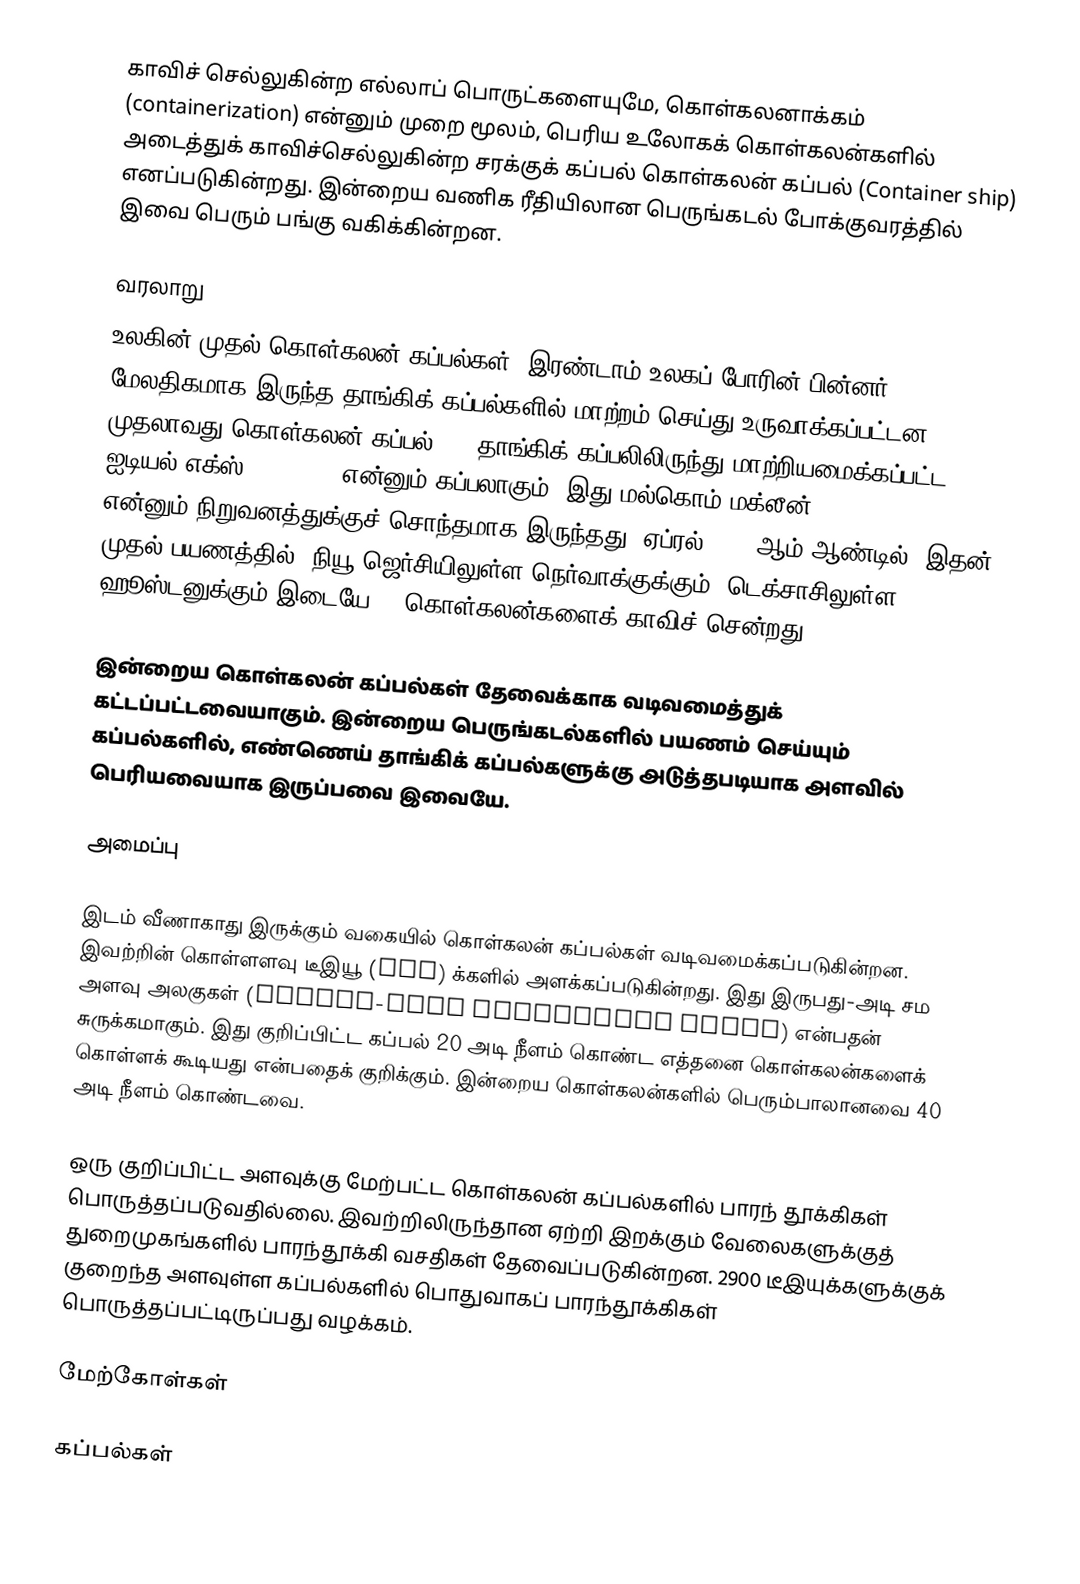
காவிச் செல்லுகின்ற எல்லாப் பொருட்களையுமே, கொள்கலனாக்கம் (containerization) என்னும் முறை மூலம், பெரிய உலோகக் கொள்கலன்களில் அடைத்துக் காவிச்செல்லுகின்ற சரக்குக் கப்பல் கொள்கலன் கப்பல் (Container ship) எனப்படுகின்றது. இன்றைய வணிக ரீதியிலான பெருங்கடல் போக்குவரத்தில் இவை பெரும் பங்கு வகிக்கின்றன.

வரலாறு
உலகின் முதல் கொள்கலன் கப்பல்கள், இரண்டாம் உலகப் போரின் பின்னர் மேலதிகமாக இருந்த தாங்கிக் கப்பல்களில் மாற்றம் செய்து உருவாக்கப்பட்டன. முதலாவது கொள்கலன் கப்பல் T-2 தாங்கிக் கப்பலிலிருந்து மாற்றியமைக்கப்பட்ட ஐடியல்-எக்ஸ் (Ideal-X) என்னும் கப்பலாகும். இது மல்கொம் மக்லீன் (Malcom McLean) என்னும் நிறுவனத்துக்குச் சொந்தமாக இருந்தது. ஏப்ரல் 1956 ஆம் ஆண்டில், இதன் முதல் பயணத்தில், நியூ ஜெர்சியிலுள்ள நெர்வாக்குக்கும், டெக்சாசிலுள்ள ஹூஸ்டனுக்கும் இடையே 58 கொள்கலன்களைக் காவிச் சென்றது.

இன்றைய கொள்கலன் கப்பல்கள் தேவைக்காக வடிவமைத்துக் கட்டப்பட்டவையாகும். இன்றைய பெருங்கடல்களில் பயணம் செய்யும் கப்பல்களில், எண்ணெய் தாங்கிக் கப்பல்களுக்கு அடுத்தபடியாக அளவில் பெரியவையாக இருப்பவை இவையே.

அமைப்பு

இடம் வீணாகாது இருக்கும் வகையில் கொள்கலன் கப்பல்கள் வடிவமைக்கப்படுகின்றன. இவற்றின் கொள்ளளவு டீஇயூ (TEU) க்களில் அளக்கப்படுகின்றது. இது இருபது-அடி சம அளவு அலகுகள் (Twenty-foot equivalent units) என்பதன் சுருக்கமாகும். இது குறிப்பிட்ட கப்பல் 20 அடி நீளம் கொண்ட எத்தனை கொள்கலன்களைக் கொள்ளக் கூடியது என்பதைக் குறிக்கும். இன்றைய கொள்கலன்களில் பெரும்பாலானவை 40 அடி நீளம் கொண்டவை.

ஒரு குறிப்பிட்ட அளவுக்கு மேற்பட்ட கொள்கலன் கப்பல்களில் பாரந் தூக்கிகள் பொருத்தப்படுவதில்லை. இவற்றிலிருந்தான ஏற்றி இறக்கும் வேலைகளுக்குத் துறைமுகங்களில் பாரந்தூக்கி வசதிகள் தேவைப்படுகின்றன. 2900 டீஇயுக்களுக்குக் குறைந்த அளவுள்ள கப்பல்களில் பொதுவாகப் பாரந்தூக்கிகள் பொருத்தப்பட்டிருப்பது வழக்கம்.

மேற்கோள்கள்

கப்பல்கள்